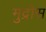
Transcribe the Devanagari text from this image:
मुद्रोस